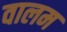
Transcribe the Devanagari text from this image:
वालम